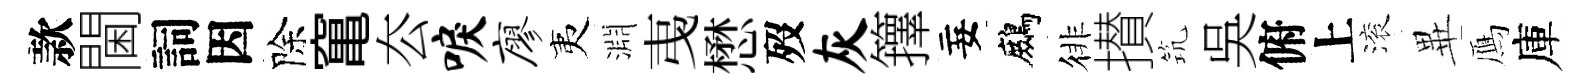
款閫詞因除𥧄厺唳廖夷淵𢎯懋歿灰籜妄鷓徘攅𥬑吳俯上滚𭺾鴈庫